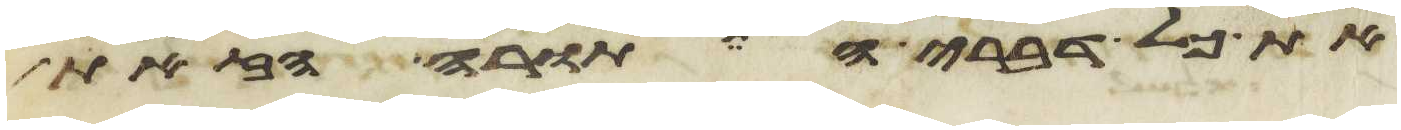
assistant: את כל דברי התורה הזאת